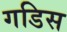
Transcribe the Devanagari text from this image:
गडिस